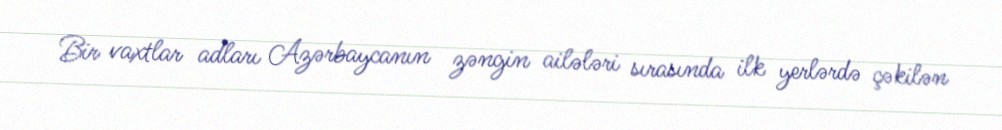
Bir vaxtlar adları Azərbaycanın zəngin ailələri sırasında ilk yerlərdə çəkilən